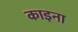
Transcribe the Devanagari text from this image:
काइना